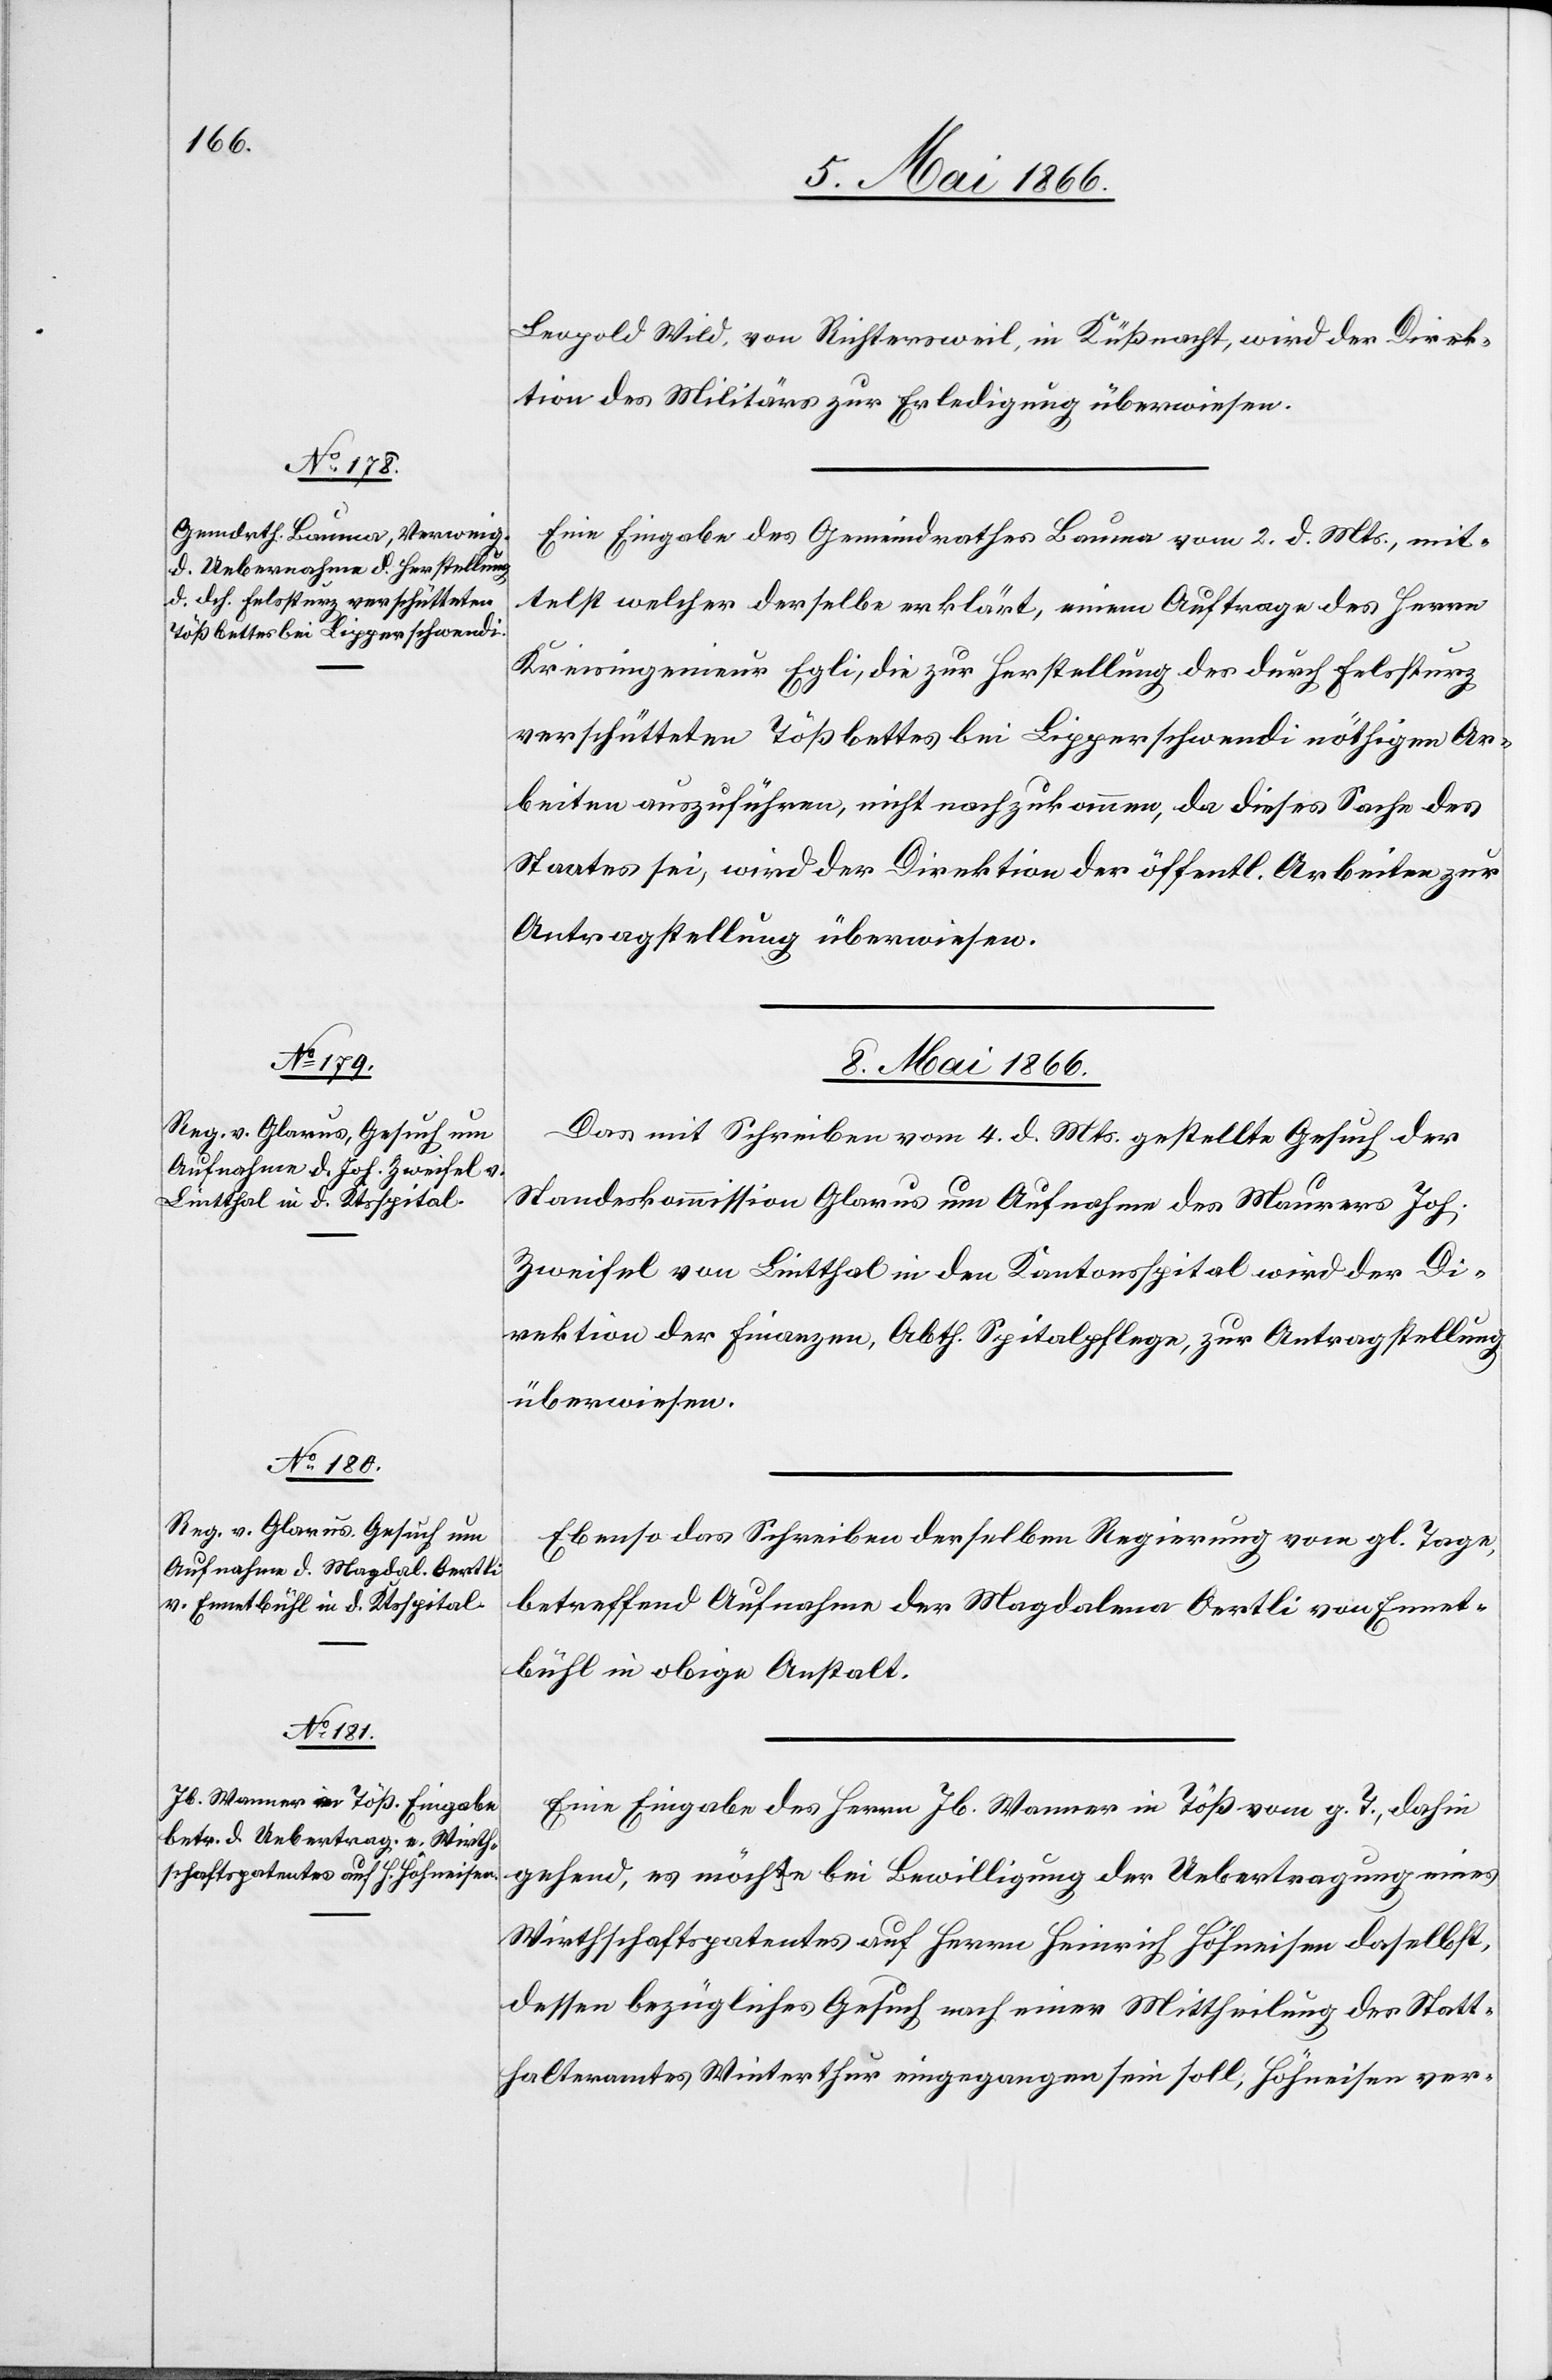
8. Mai 1866.]
Leopold Wild, von Richtersweil, in Küßnacht, wird der Direk¬
tion des Militärs zur Erledigung überwiesen.
Eine Eingabe des Gemeindrathes Bauma vom 2. d. Mts., mit¬
telst welcher derselbe erklärt, einem Auftrage des Herrn
Kreisingenieur Egli, die zur Herstellung des durch Felssturz
verschütteten Tößbettes bei Lipperschwendi nöthigen Ar¬
beiten auszuführen, nicht nachzukommen, da dieses Sache des
Staates sei, wird der Direktion der öffentl. Arbeiten zur
Antragstellung überwiesen.
Das mit Schreiben vom 4. d. Mts. gestellte Gesuch der
Standeskommission Glarus um Aufnahme des Maurers Joh.
Zweifel von Lintthal in den Kantonsspital wird der Di¬
rektion der Finanzen, Abth. Spitalpflege, zur Antragstellung
überwiesen.
Ebenso das Schreiben derselben Regierung vom gl. Tage,
betreffend Aufnahme des Magdalena Oertli von Ennet¬
bühl in obige Anstalt.
Eine Eingabe des Herrn Jb. Wanner in Töß vom g. T., dahin
gehend, es möchte bei Bewilligung der Uebertragung eines
Wirthschaftspatentes auf Herrn Heinrich Höhneisen daselbst,
dessen bezügliches Gesuch nach einer Mittheilung des Statt¬
halteramtes Winterthur eingegangen sein soll, Höhneisen ver-